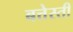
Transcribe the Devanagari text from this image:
बत्तेस्ती